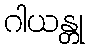
ဂါယန္တု